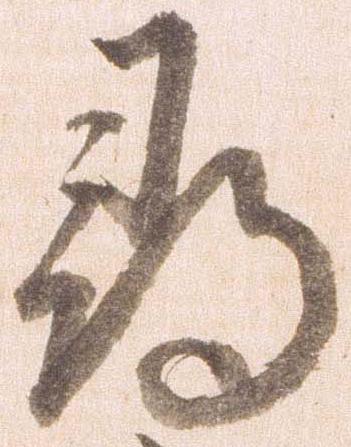
尋